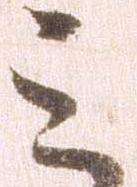
ミ